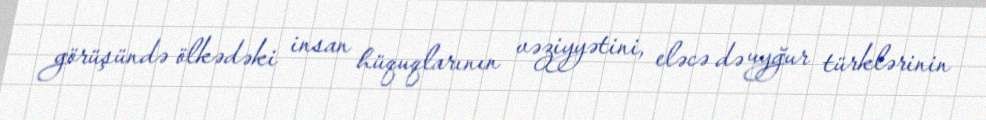
görüşündə ölkədəki insan hüquqlarının vəziyyətini, eləcə də uyğur türklərinin